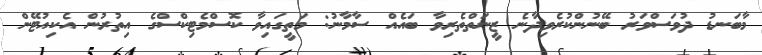
މާބަނޑު ދުވަސްވަރު ބޭނުންކުރެވިދާނެ ޒީނަތްތެރިވާ ބައެއް ސާމާނު: މަތީގައިވާ ކޮސްމެޓިކްސްގެ އިތުރުން އެކިއުޓޭން